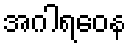
အဂါရဝေန